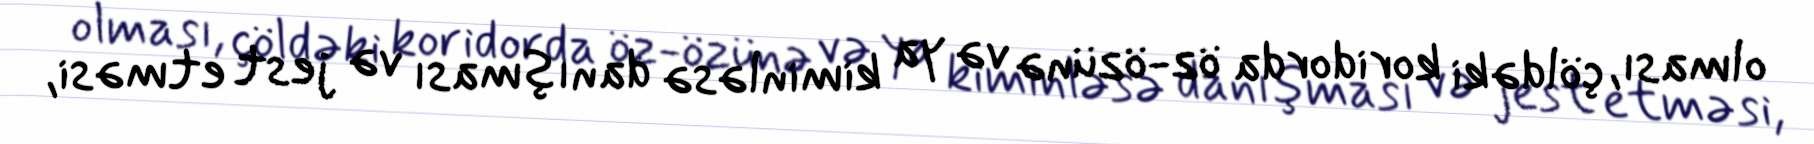
olması, çöldəki koridorda öz-özünə və ya kiminləsə danışması və jest etməsi,